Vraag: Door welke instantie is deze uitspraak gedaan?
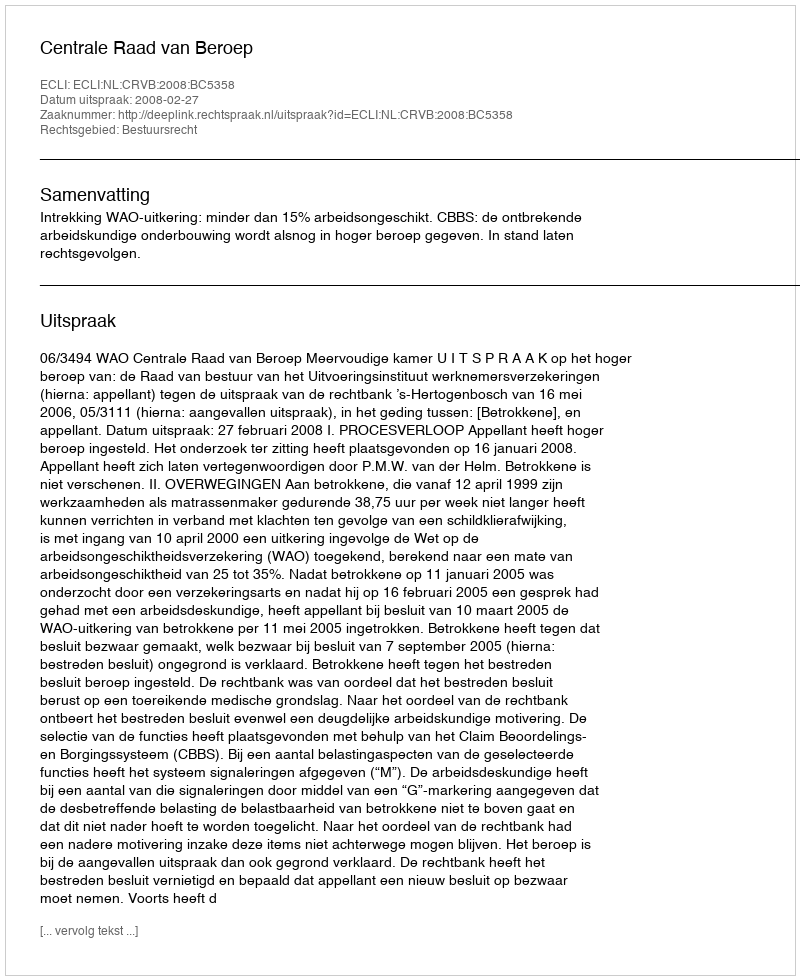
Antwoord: Centrale Raad van Beroep